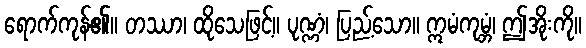
ရောက်ကုန်၏။ တဿာ၊ ထိုသေဖြင့်။ ပုဏ္ဏံ၊ ပြည့်သော။ ဣမံကုမ္ဘံ၊ ဤအိုးကို။